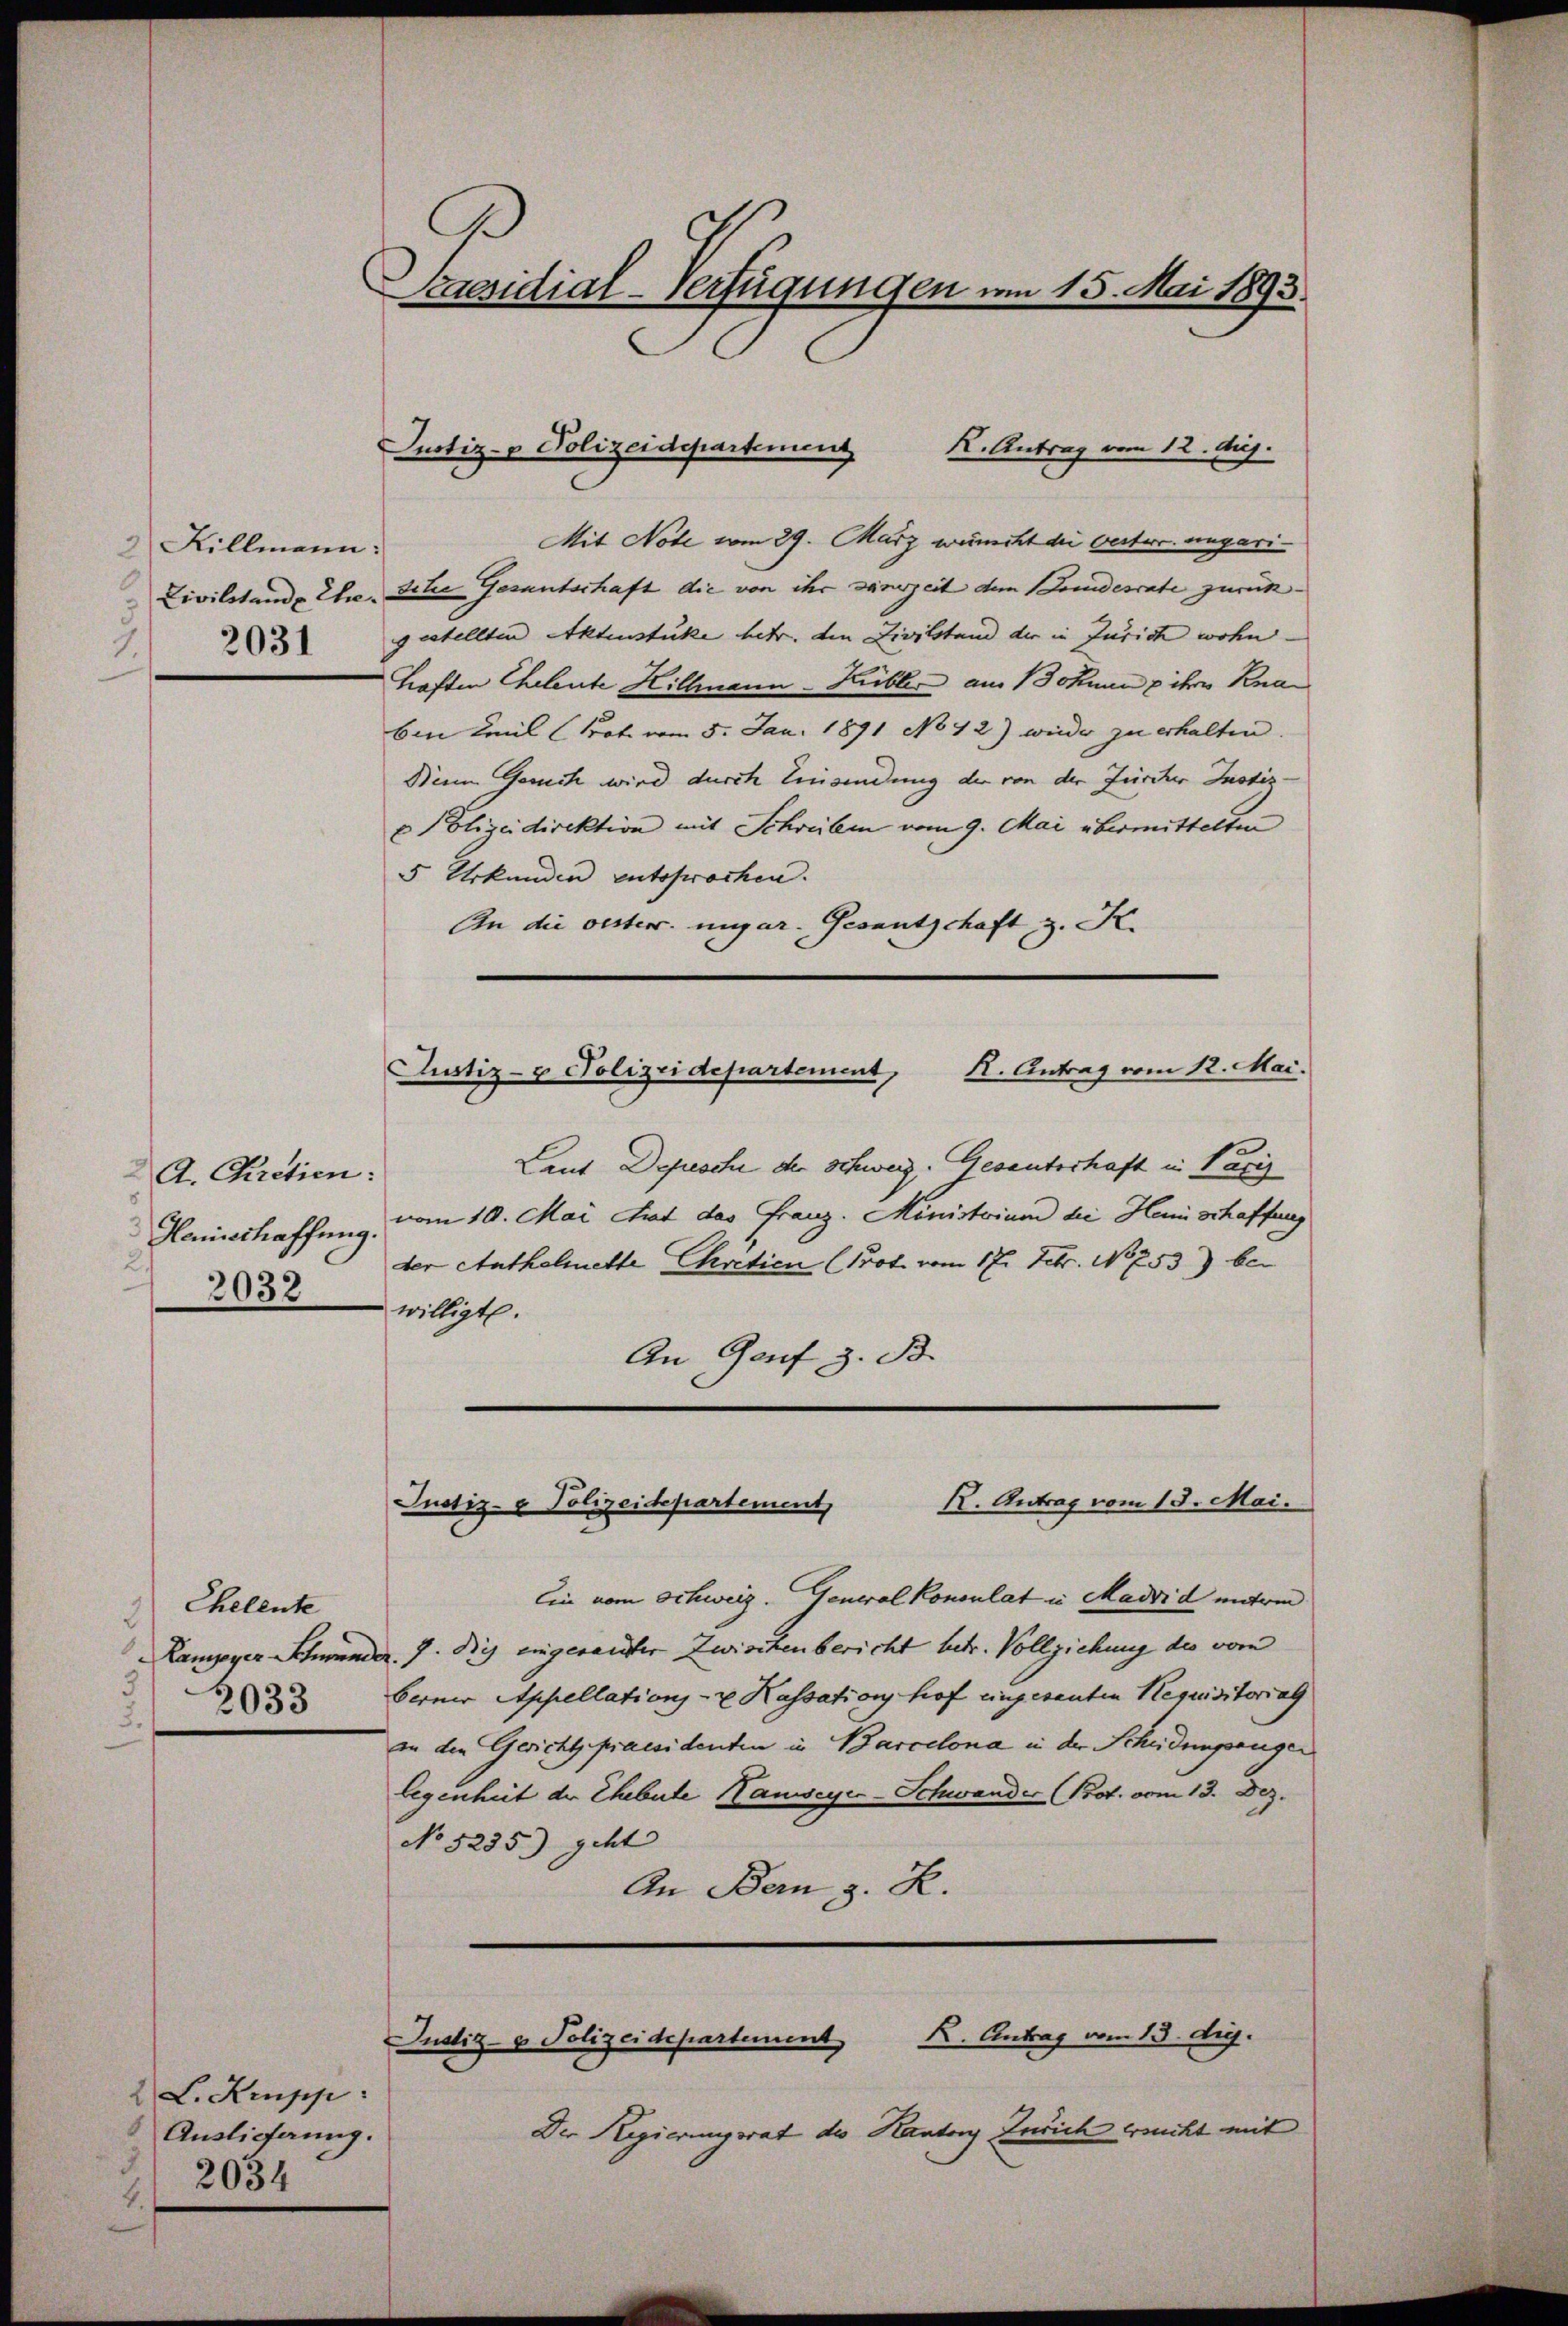
Killmann:
2031
2.

A. Chretien:
2.
2032

Ehelente
3
3
3033

2 L. Krupp
Auslieferung.
2034
.

Pasidial-Verfügungen am 15. Mai 1893.

Mit Note vom 29. März wünscht die bester ungari¬
Civilstande Ehe die Gesantschaft die von ihr seinerzeit dem Landesrate zurück
gestellten Aktenstüke betr. den Zivilstand der in Jurich wohn
haften Eheleute Hillmann-Kübler aus Johann & ihr Kna
ben Emil (Prot. vom 5. Jan. 1891 No 42) wieder zu erhalten.
Die Gesuch wird durch Einsendung der von der Zürcher Justiz¬
u Polizeidirektion mit Schreiben vom 9. Mai übermittelten
5 Urkunden entsprochen.
An die oesterr. ungar. Gesantschaft z. Kr.
R. Antrag vom 12. Mai.
Justiz- & Polizeidepartement,
Laut Depesche der Schweiz. Gesantschaft in Paris
Heniestraffung vom 10. Mai strat das Franz. Ministrium bei Heinschaffung
der Anthelmette Chretien (Prot. vom 17. Febr. No 753) bei
willigt.
An Genf z. B.

Justiz- & Polizeidepartenung
K. Antrag vom 12. huj.

R. Antrag vom 13. Mai.
Justiz- & Polizeidepartement

Ein vom Schweiz. General Konsulat in Madrid unterm
Lampeyer Schwunder. J. Dich eingesandter Zwischenbericht betr. Vollziehung des vom
berner Appellations- & Kassationshof eingesenten Requisitoriag
in den Gericht praesidenten in Barcelona in der Scheidenprüger
legenheit der Ehebete Hauseyer-Schwander (Prot. vom 13. Dez.
No 5235) geht
An Bern, z. R.

K. Antrag vom 13. d.
Justiz- & Polizeidepartement

Der Regierungsrat des Kantons Zürich erricht mit